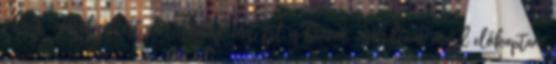
odáig.-mosolyodott el. -Tudod mit, fel is hívom.-mondtam, majd előkaptam